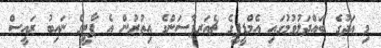
މި އަދުގެ ބައްދަލުވުމުގައި އެމްޑީޕީގެ ޗެއަރޕާސަންގެ އިތުރުން އެ ޕާޓީގެ ނައިބު ރައީސް